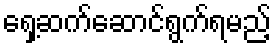
ရှေ့ဆက်ဆောင်ရွက်ရမည့်